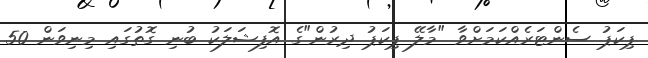
ޕިކަޕު ސެންޓަރެއްކަމަށްވާ "މާލޭ ޕިކަޕު ދިރުން"ގެ އޮފިޝަލަކު ބުނި ގޮތުގައި މިނިވަން 50